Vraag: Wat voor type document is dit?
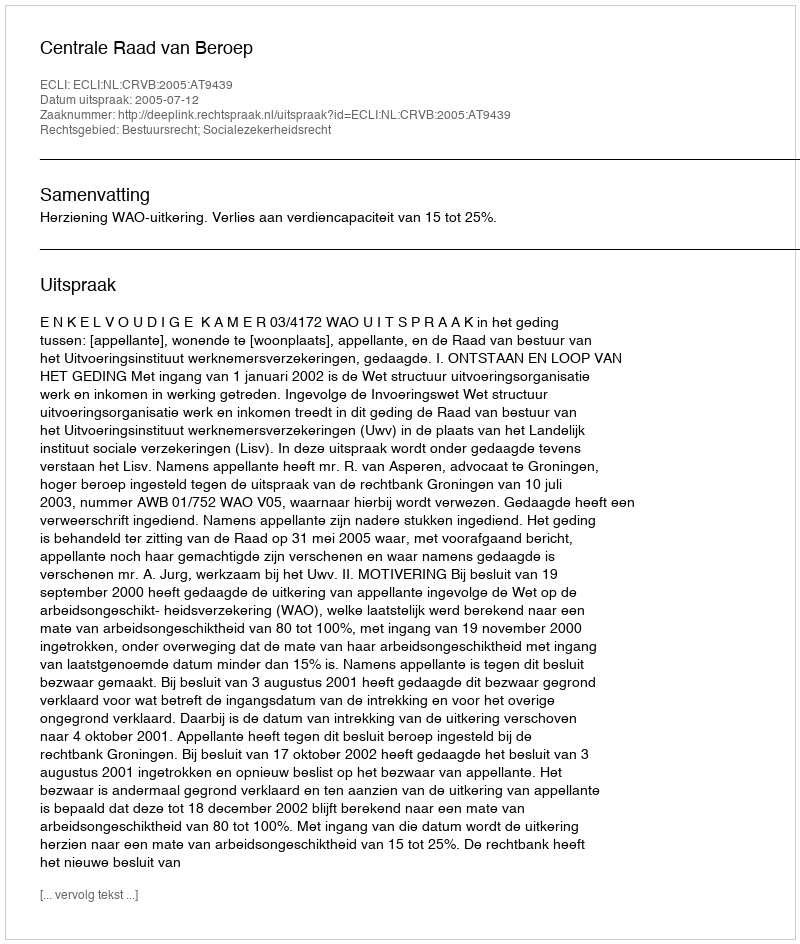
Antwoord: Uitspraak